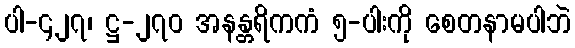
ပါ-၄၂၇၊ ဋ္ဌ-၂၇၀ အနန္တရိကကံ ၅-ပါးကို စေတနာမပါဘဲ